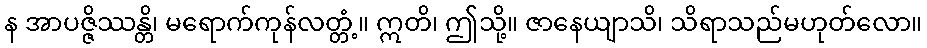
န အာပဇ္ဇိဿန္တိ၊ မရောက်ကုန်လတ္တံ့။ ဣတိ၊ ဤသို့။ ဇာနေယျာသိ၊ သိရာသည်မဟုတ်လော။